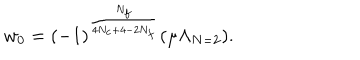
w _ { 0 } = ( - 1 ) ^ { \frac { N _ { f } } { 4 N _ { c } + 4 - 2 N _ { f } } } ( \mu \Lambda _ { N = 2 } ) .